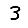
Digit: 3